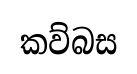
කව්බස